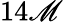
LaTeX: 14\mathscr{M}